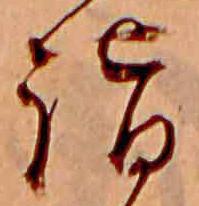
詣